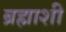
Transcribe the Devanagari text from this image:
ब्रह्माशी